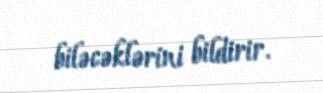
biləcəklərini bildirir.